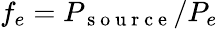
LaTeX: f_{e}=P_{\mathrm{~s~o~u~r~c~e~}}/P_{e}